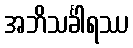
အဘိသင်္ခါရဿ